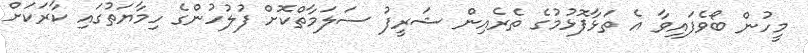
މީހުން ބޯވެފައިވާ އެ ތަޅާފޮޅުމުގެ ތެރެއިން ޝަރީފު ސަލަމާތްކޮށް ފުލުހުންގެ ހިމާޔަތުގައި ކާރަކަށް